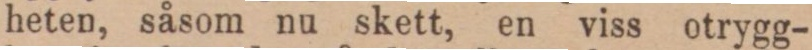
heten, såsom nu skett, en viss otrygg-